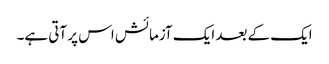
ایک کے بعد ایک آزمائش اس پر آتی ہے۔